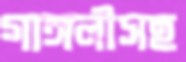
গাঙ্গলীসহ